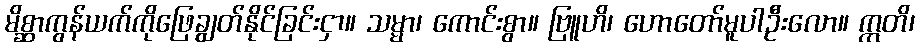
မိစ္ဆာကွန်ယက်ကိုဖြေချွတ်နိုင်ခြင်းငှာ။ သမ္မာ၊ ကောင်းစွာ။ ဗြူဟိ၊ ဟောတော်မူပါဦးလော။ ဣတိ၊